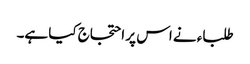
طلباء نے اس پر احتجاج کیا ہے۔